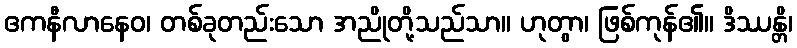
ဧကနီလာနေဝ၊ တစ်ခုတည်းသော အညိုတို့သည်သာ။ ဟုတွာ၊ ဖြစ်ကုန်၏။ ဒိဿန္တိ၊